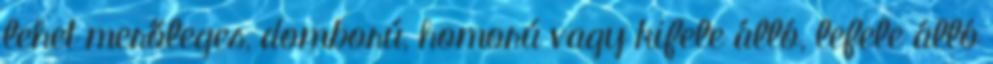
lehet merőleges, domború, homorú vagy kifele álló, lefele álló